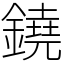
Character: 鐃